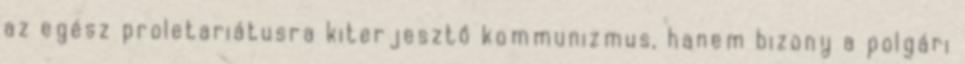
az egész proletariátusra kiterjesztő kommunizmus, hanem bizony a polgári